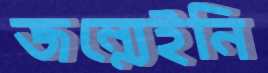
জন্মেইনি